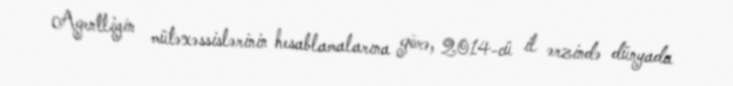
Agentliyin mütəxəssislərinin hesablamalarına görə, 2014-cü il ərzində dünyada